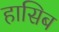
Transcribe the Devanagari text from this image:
हासिब